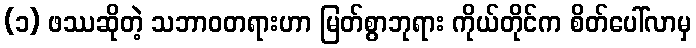
(၁) ဖဿဆိုတဲ့ သဘာဝတရားဟာ မြတ်စွာဘုရား ကိုယ်တိုင်က စိတ်ပေါ်လာမှ